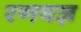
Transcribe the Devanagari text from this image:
रणयज्ञ